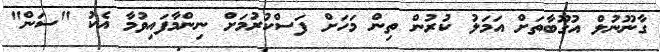
ގާނޫނުލް އުގޫބާތަށް އަމަލު ކުރުން ތިން މަހަށް ފަސްކުރުމަށް ނިންމާފައިވުމާ އެކު "ސަން"